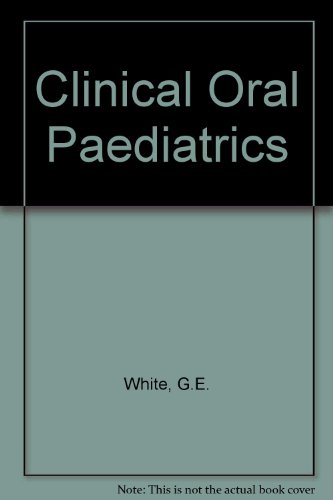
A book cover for Clinical Oral Pediatrics (Quintessence books); George E. White; Medical Books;